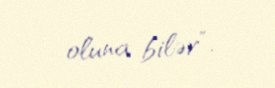
oluna bilər”.